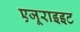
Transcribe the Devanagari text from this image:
एजूराइइट